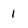
Character: 1